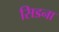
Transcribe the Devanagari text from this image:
सिडना